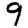
Digit: 9